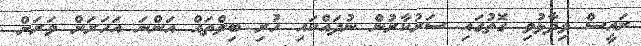
ރައީސް ވިދާޅުވި ގޮތުގައި ސަރުކާރުން ނުދައްކައި ހުރި ބިލްތައް އަންނަ އަހަރަށް ވަރަށް